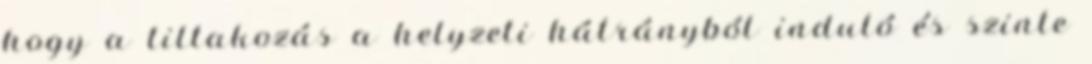
hogy a tiltakozás a helyzeti hátrányból induló és szinte